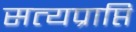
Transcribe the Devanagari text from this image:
सत्यप्राप्ति